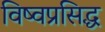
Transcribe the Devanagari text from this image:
विष्वप्रसिद्ध